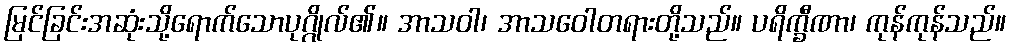
မြင်ခြင်းအဆုံးသို့ရောက်သောပုဂ္ဂိုလ်၏။ အာသဝါ၊ အာသဝေါတရားတို့သည်။ ပရိက္ခီဏာ၊ ကုန်ကုန်သည်။